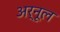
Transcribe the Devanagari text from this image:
अर्नूल